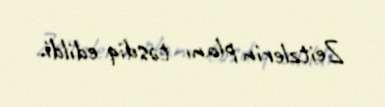
Zeitzlerin planı təsdiq edildi.